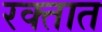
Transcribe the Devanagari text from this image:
रक्‍तात